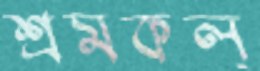
শ্রমকল্